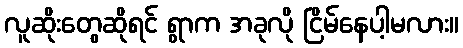
လူဆိုးတွေဆိုရင် ရွာက အခုလို ငြိမ်နေပါ့မလား။